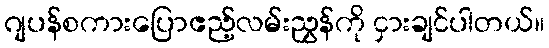
ဂျပန်စကားပြောဧည့်လမ်းညွှန်ကို ငှားချင်ပါတယ်။